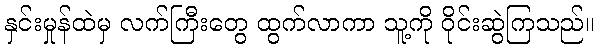
နှင်းမှုန်ထဲမှ လက်ကြီးတွေ ထွက်လာကာ သူ့ကို ဝိုင်းဆွဲကြသည်။